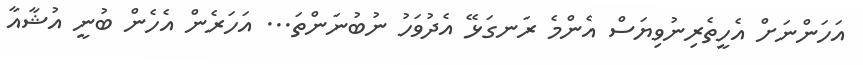
އަހަންނަށް އެހީތެރިނުވިޔަސް އެންމެ ރަނގަޅޭ އެދުވަހު ނުބުނަންތަ... އަހަރެން އެހެން ބުނީ އުޝާއާ